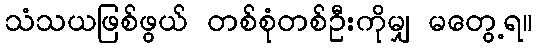
သံသယဖြစ်ဖွယ် တစ်စုံတစ်ဦးကိုမျှ မတွေ့ရ။